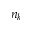
n _ { k }